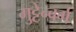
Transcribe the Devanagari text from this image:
गुट्टेन्बर्ग